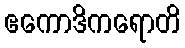
ဧကောဒိကရောတိ